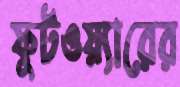
ফুটওয়্যারের